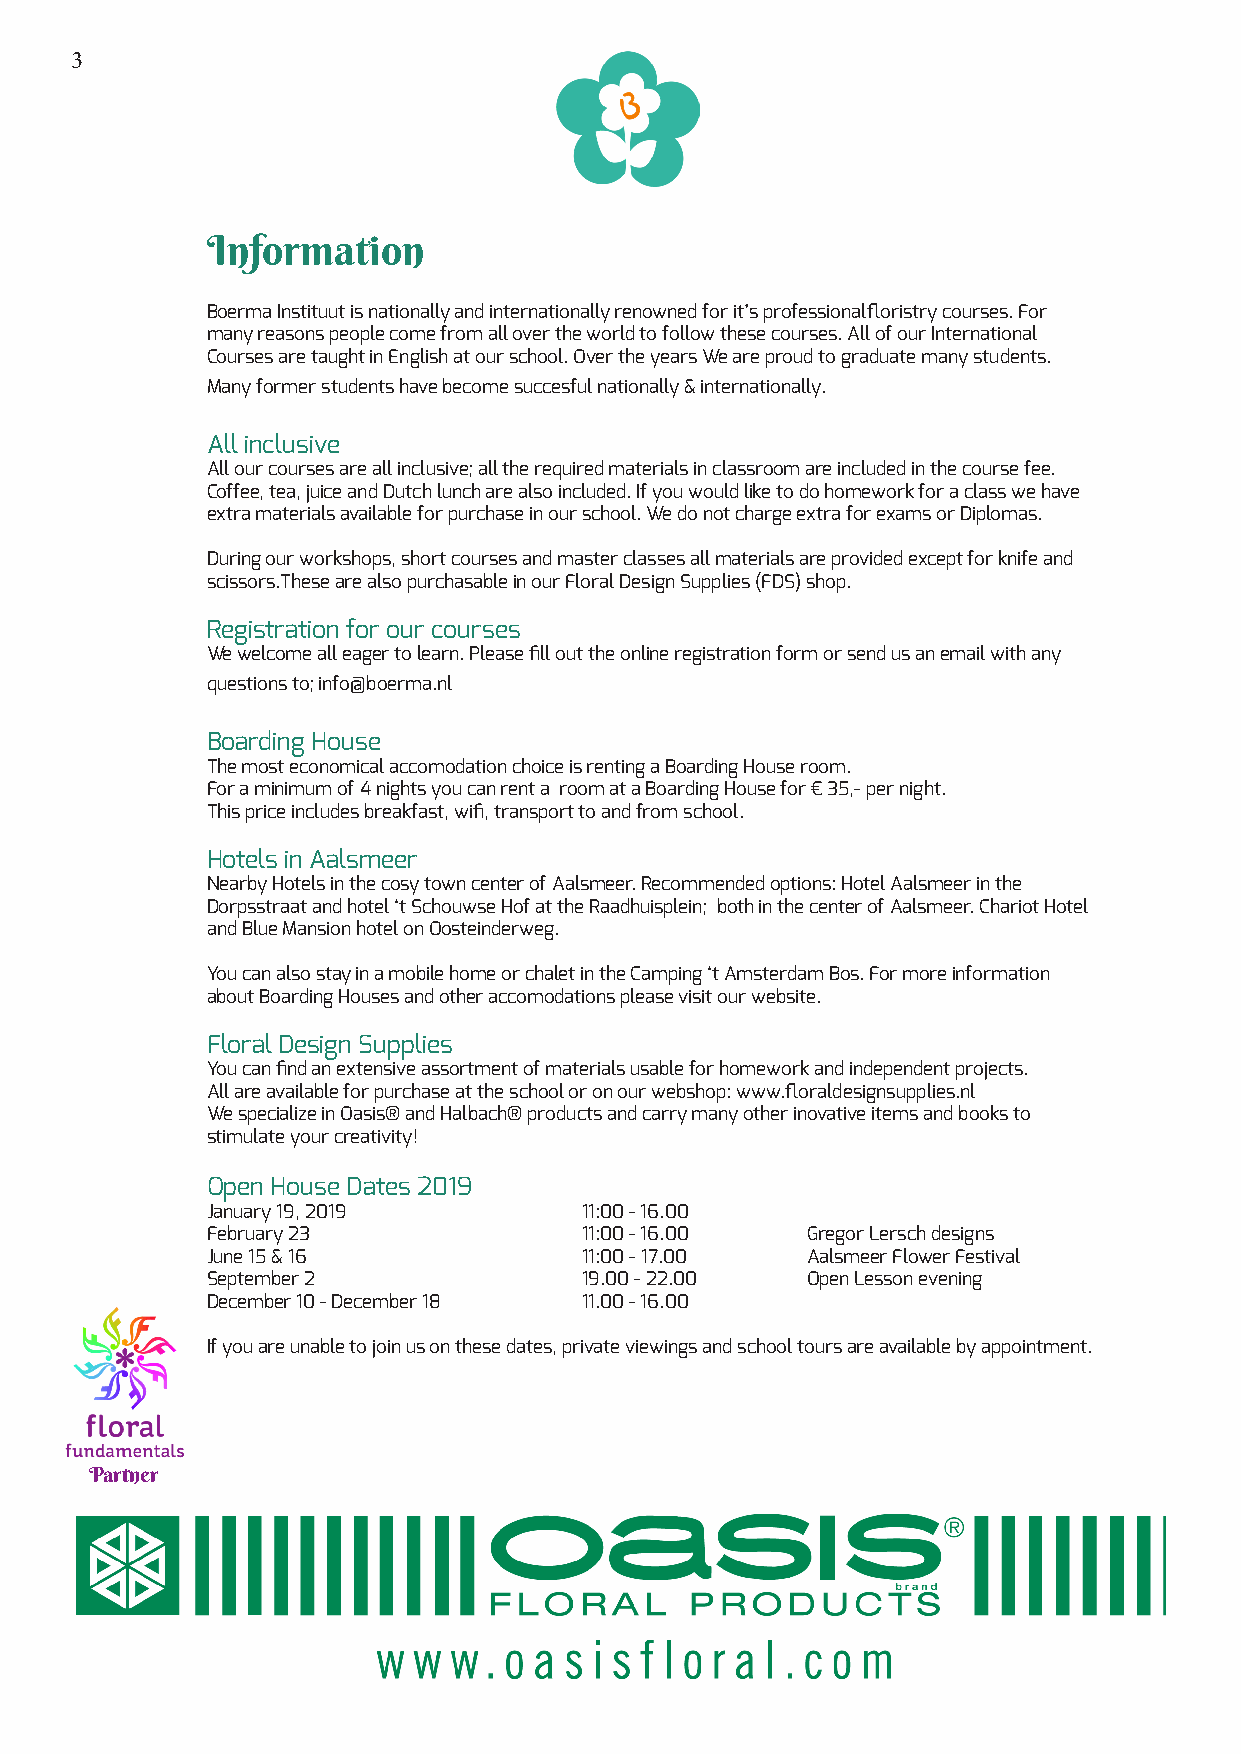
3
 Information
 Boerma Instituut is nationally and internationally renowned for it’s professionalfloristry courses. For
 many reasons people come from all over the world to follow these courses. All of our International
 Courses are taught in English at our school. Over the years We are proud to graduate many students.
 Many former students have become succesful nationally & internationally.
 All inclusive
 All our courses are all inclusive; all the required materials in classroom are included in the course fee.
 Coffee, tea, juice and Dutch lunch are also included. If you would like to do homework for a class we have
 extra materials available for purchase in our school. We do not charge extra for exams or Diplomas.
 During our workshops, short courses and master classes all materials are provided except for knife and
 scissors.These are also purchasable in our Floral Design Supplies (FDS) shop.
 Registration for our courses
 We welcome all eager to learn. Please fill out the online registration form or send us an email with any
 questions to; info@boerma.nl
 Boarding House
 The most economical accomodation choice is renting a Boarding House room.
 For a minimum of 4 nights you can rent a room at a Boarding House for € 35,- per night.
 This price includes breakfast, wifi, transport to and from school.
 Hotels in Aalsmeer
 Nearby Hotels in the cosy town center of Aalsmeer. Recommended options: Hotel Aalsmeer in the
 Dorpsstraat and hotel ‘t Schouwse Hof at the Raadhuisplein; both in the center of Aalsmeer. Chariot Hotel
 and Blue Mansion hotel on Oosteinderweg.
 You can also stay in a mobile home or chalet in the Camping ‘t Amsterdam Bos. For more information
 about Boarding Houses and other accomodations please visit our website.
 Floral Design Supplies
 You can find an extensive assortment of materials usable for homework and independent projects.
 All are available for purchase at the school or on our webshop: www.floraldesignsupplies.nl
 We specialize in Oasis® and Halbach® products and carry many other inovative items and books to
 stimulate your creativity!
 Open House Dates 2019
 January 19, 2019         11:00 - 16.00
 February 23              11:00 - 16.00 Gregor Lersch designs
 June 15 & 16             11:00 - 17.00 Aalsmeer Flower Festival
 September 2              19.00 - 22.00 Open Lesson evening
 December 10 - December 18 11.00 - 16.00
 If you are unable to join us on these dates, private viewings and school tours are available by appointment.
 Partner